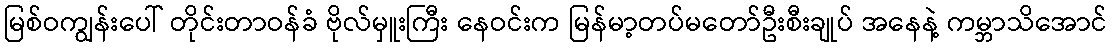
မြစ်ဝကျွန်းပေါ် တိုင်းတာဝန်ခံ ဗိုလ်မှူးကြီး နေဝင်းက မြန်မာ့တပ်မတော်ဦးစီးချုပ် အနေနဲ့ ကမ္ဘာသိအောင်